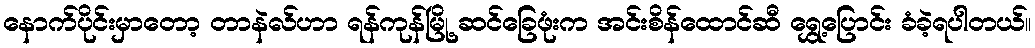
နောက်ပိုင်းမှာတော့ တာနဲလ်ဟာ ရန်ကုန်မြို့ ဆင်ခြေဖုံးက အင်းစိန်ထောင်ဆီ ရွှေ့ပြောင်း ခံခဲ့ရပါတယ်။